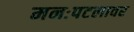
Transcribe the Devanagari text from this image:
मनःपटलावर